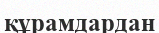
құрамдардан